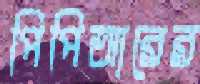
পিপিআরের